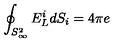
\oint _ { S _ { \infty } ^ { 2 } } E _ { L } ^ { i } d S _ { i } = 4 \pi e